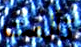
تألمت